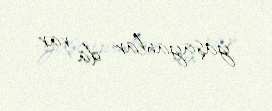
yaşayanlar da var.